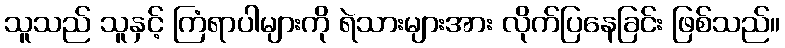
သူသည် သူနှင့် ကြံရာပါများကို ရဲသားများအား လိုက်ပြနေခြင်း ဖြစ်သည်။